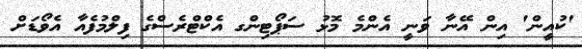
'ކުއީން' އިން އޭނާ ވަނީ އެންމެ މޮޅު ސަޕޯޓިންގ އެކްޓްރެސްގެ ފިލްމުފެއާ އެވޯޑަށް